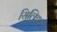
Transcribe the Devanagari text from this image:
सिलिडर